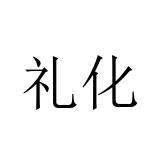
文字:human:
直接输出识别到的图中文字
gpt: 礼化